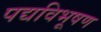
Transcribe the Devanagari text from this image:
पद्यविभूषण